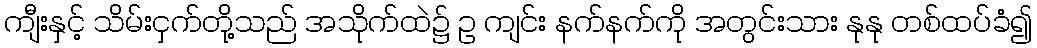
ကျီးနှင့် သိမ်းငှက်တို့သည် အသိုက်ထဲ၌ ဥ ကျင်း နက်နက်ကို အတွင်းသား နုနု တစ်ထပ်ခံ၍